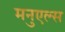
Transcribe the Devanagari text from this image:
मनुएल्स